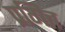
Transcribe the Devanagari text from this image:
प्रगित